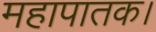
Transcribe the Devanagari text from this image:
महापातक।